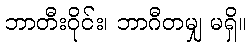
ဘာတီးဝိုင်း၊ ဘာဂီတမျှ မရှိ။